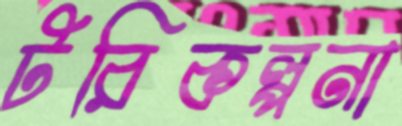
টরিকল্পনা